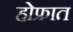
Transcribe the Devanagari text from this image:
होफ्रात